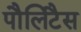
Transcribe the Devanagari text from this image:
पौलिटैस